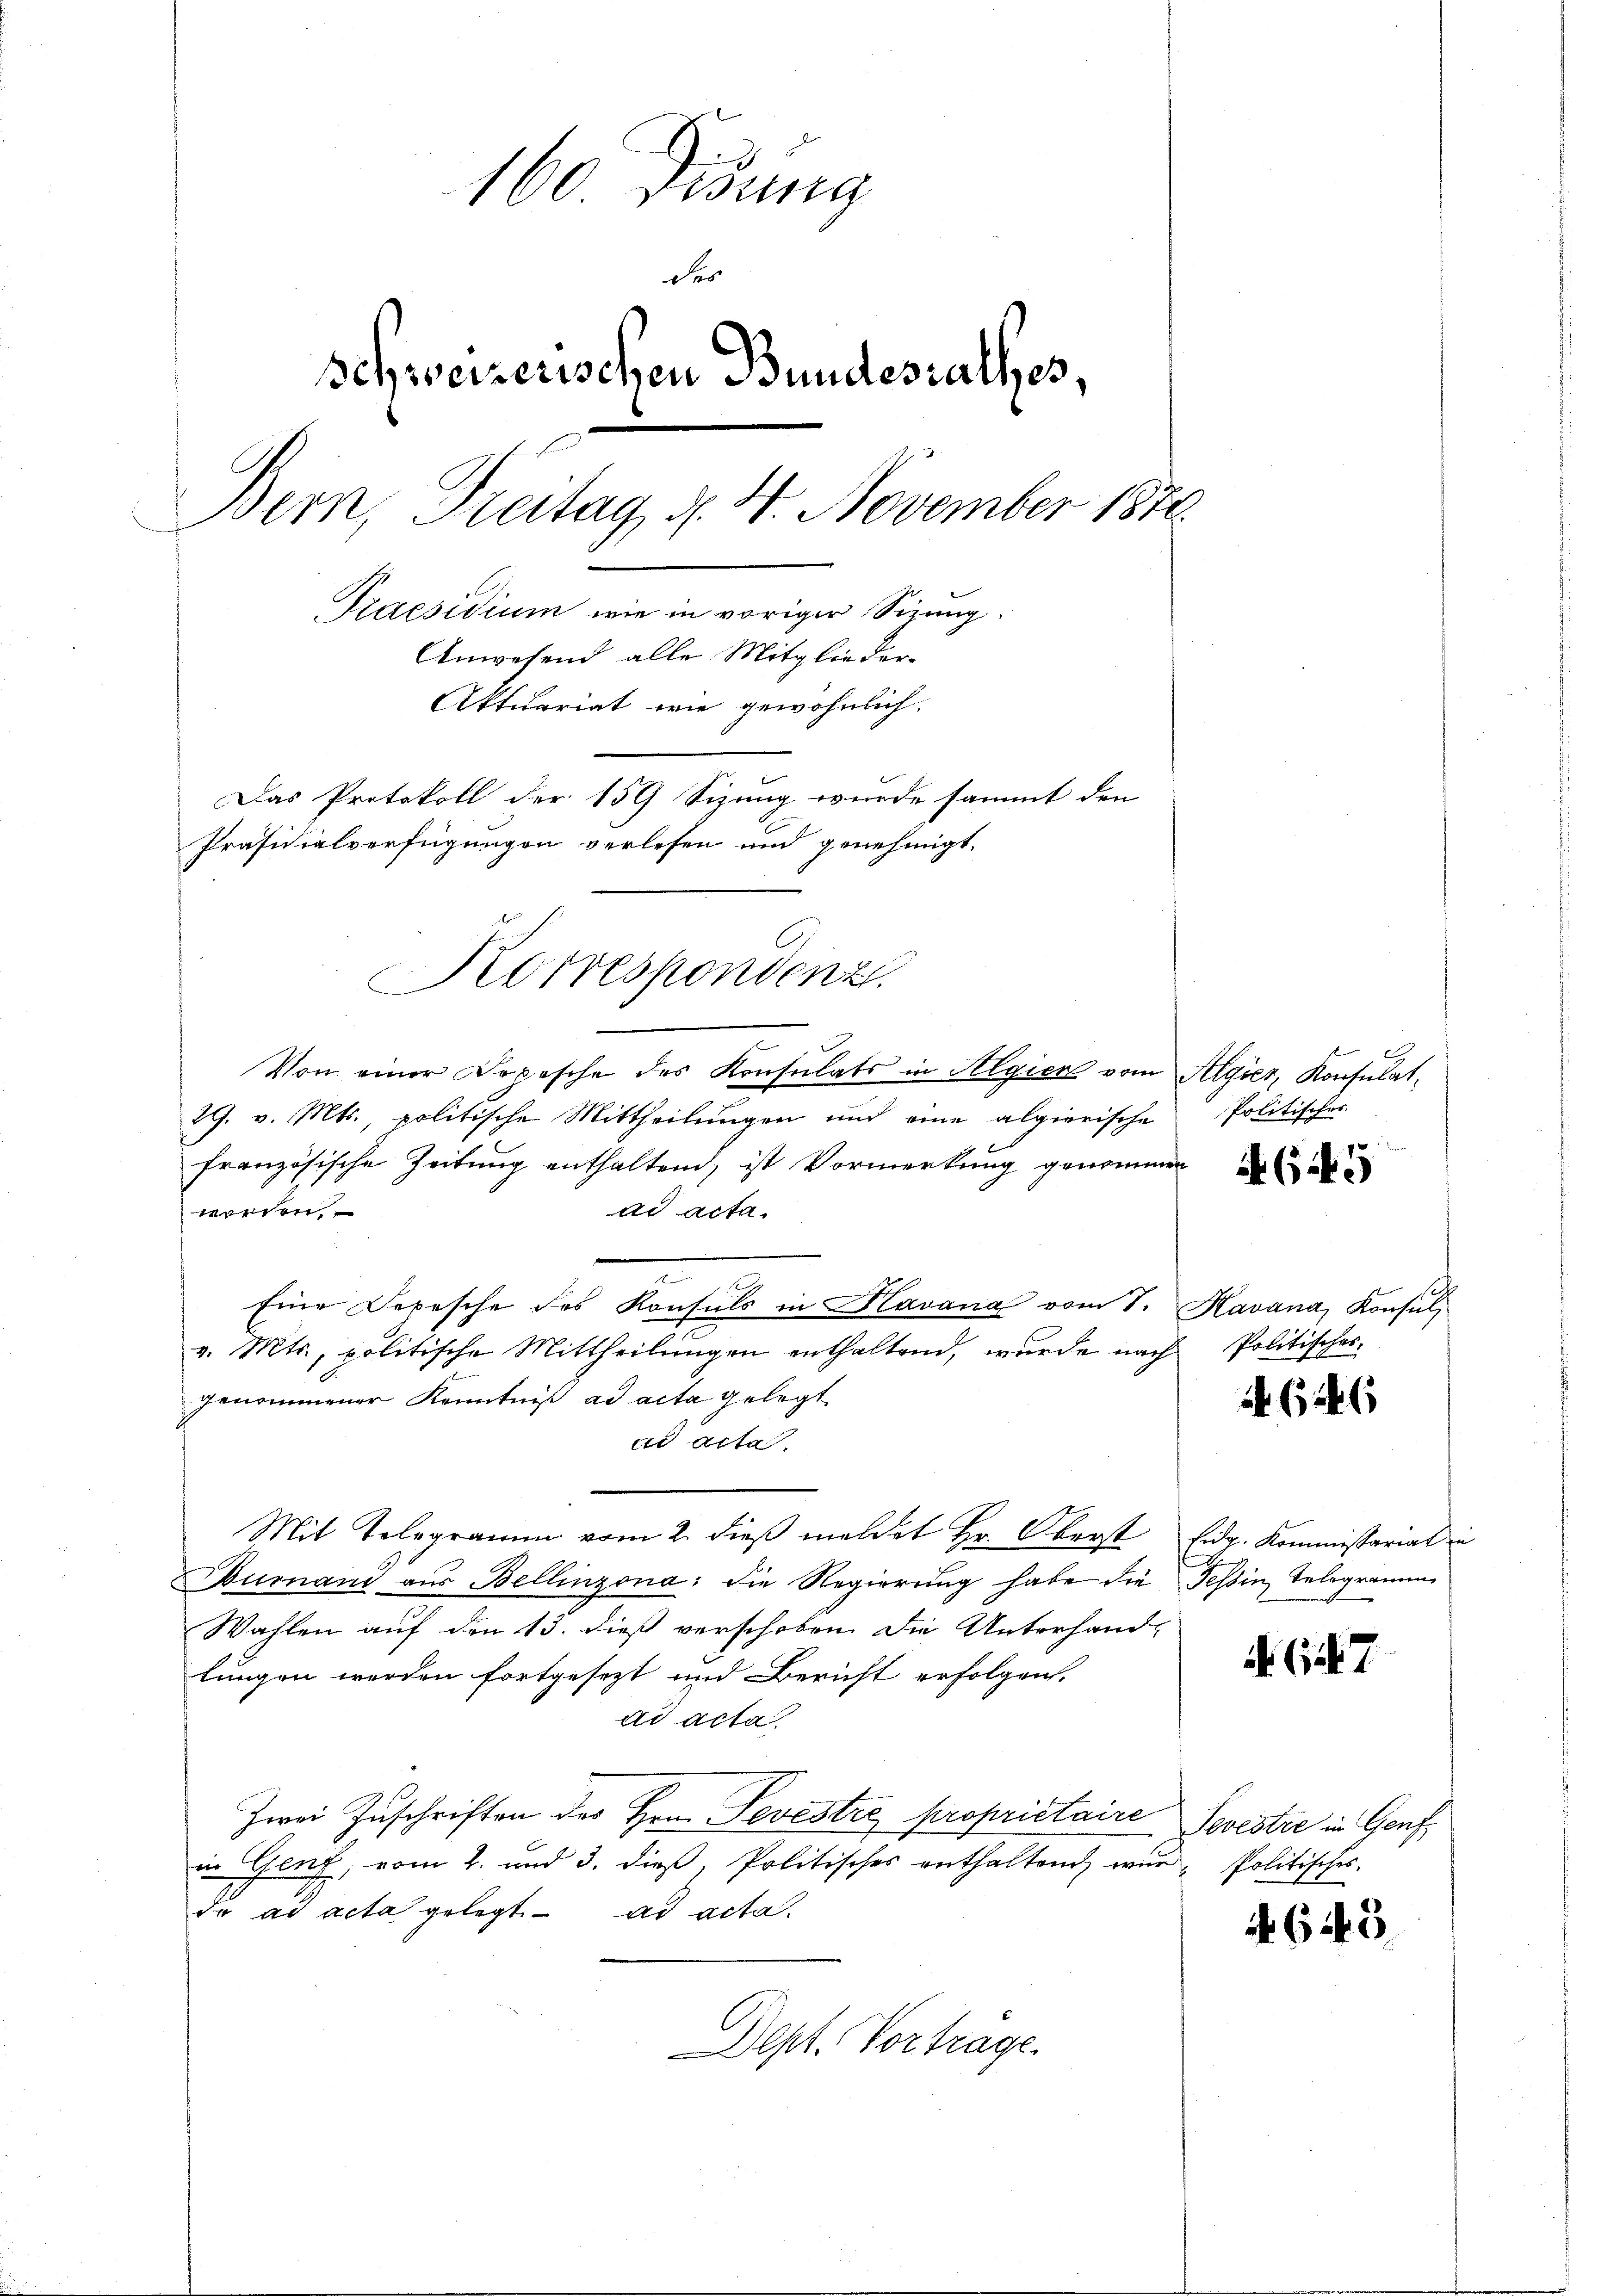
160 Didung
Fer
Schweizerischen Bundesrathes,
Bern, Freitag, d. 4. November 1872.
Praesidium wie in voriger Sizung.
Anwesend alle Mitglieder-
Aktuariat wie gewöhnlich.
Das Protokoll der 159 Sizung wurde sammt den
Präsidialverfügungen verlesen und genehmigt.

Korrespondenz.

Von einer Depesche des Konsulats in Algien vom Algier, Konsulat¬
29. v. Mts., politische Mittheilungen und eine algierische Politischer
französische Zeitung enthaltend, ist Vormerkung genommen
worden.
dd acta.
Eine Depesche des Konsuls in Havana vom 1. Havana, Konsul,
v. Mts., politische Mittheilungen enthaltend, wurde nach
genommener Kenntniß ad acta gelegt
ad acta
Mit Telegramm vom 2. dieß meldet Hr. Oberst Eidg. Kommissariat in
urnand aus Bellinzona, die Regierung habe die Tessin, Telegramme
Wahlen auf den 13. dieß verschoben. Die Unterhand-
lungen werden fortgesezt und Bericht erfolgen.
ad acta
Zwei Zuschriften des Hrn. Pevestre proprietaire Sevestie in Genf
in Genf, vom 2. und 3. dieß, Politisches enthaltend wir Politisches
da ad acta gelegt. ad acta.
Dept. Vortrage.

645

Politisches

646

(147

4. 643.